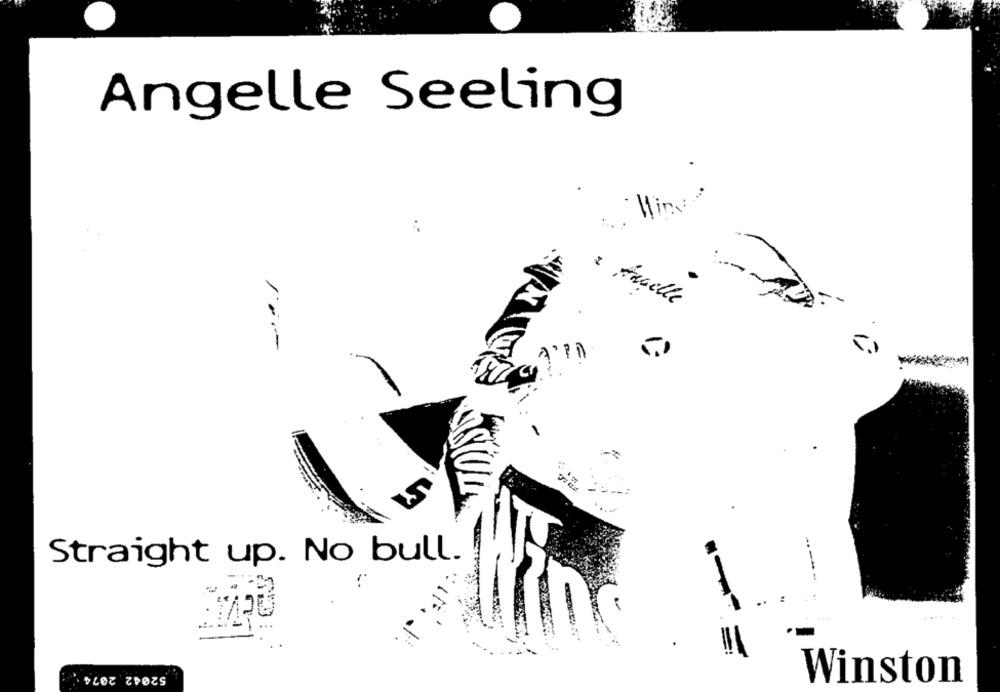
Angelle Seeling
Min
: Angelle
-
Straight up. No bull.
---
TAPE
52042 2074
Winston